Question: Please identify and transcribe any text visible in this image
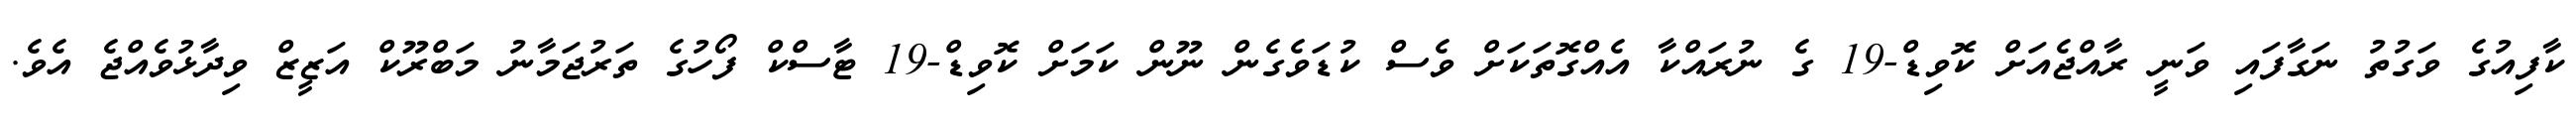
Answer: ކާފިއުގެ ވަގުތު ނަގާފައި ވަނީ ރާއްޖެއަށް ކޮވިޑް-19 ގެ ނުރައްކާ އެއްގޮތަކަށް ވެސް ކުޑަވެގެން ނޫން ކަމަށް ކޮވިޑް-19 ޓާސްކް ފޯހުގެ ތަރުޖަމާނު މަބްރޫކް އަޒީޒް ވިދާޅުވެއްޖެ އެވެ.